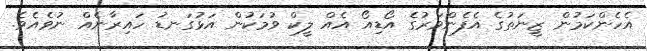
އެހެންކަމުން ޒީނަތުގެ އެފެންވަރުގެ އޯޑިއޯ އެއް ލީކް ވުމަކުން އަޅުގަނޑު ހައިރާނެއް ނުވެއެވެ.